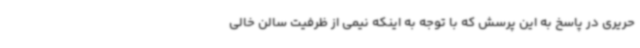
حریری در پاسخ به این پرسش که با توجه به اینکه نیمی از ظرفیت سالن خالی